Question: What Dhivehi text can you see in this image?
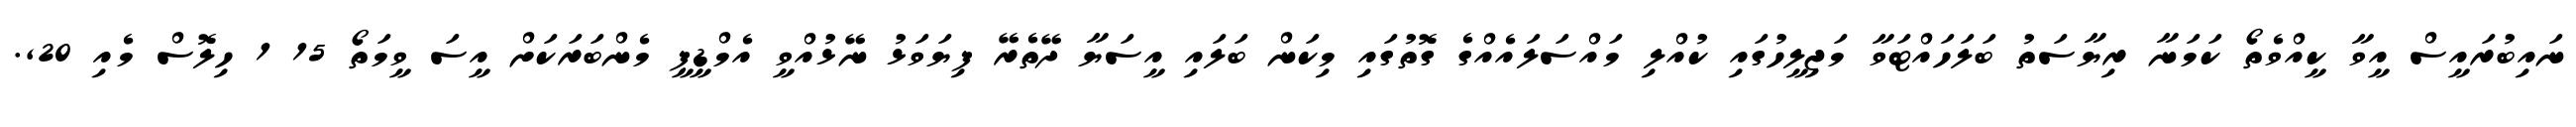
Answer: ނައިބުރައީސް އީވާ ކީއްވެތޯ ކަމަނާ ރިޔާސަތު ބަލަހައްޓަވާ މަޖިލީހުގައި ކުއްލި މައްސަލައެއްގެ ގޮތުގައި މިކަން ބަލައި އީސަޔާ ދޭތެރޭ ފިޔަވަޅު ނޭޅުއްވީ އެމްޑީޕީ މެންބަރަކަށް އީސަ ވީމަތޯ 15 1 ހިލޮސް މެއި 20,.